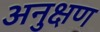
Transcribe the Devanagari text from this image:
अनुक्षण